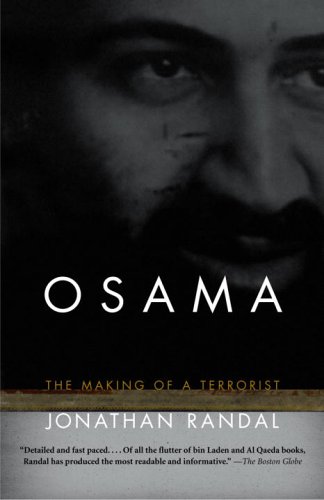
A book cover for Osama: The Making of a Terrorist; Jonathan Randal; History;